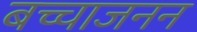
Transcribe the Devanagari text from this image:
बच्चाजनन